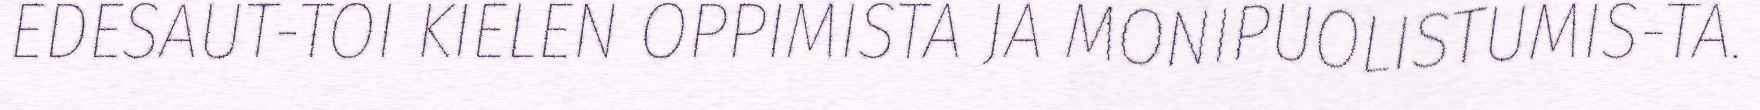
EDESAUT-TOI KIELEN OPPIMISTA JA MONIPUOLISTUMIS-TA.